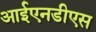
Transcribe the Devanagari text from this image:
आईएनडीएस